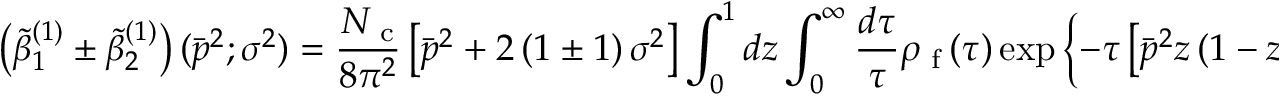
\left( { \tilde { \beta } } _ { 1 } ^ { ( 1 ) } \pm { \tilde { \beta } } _ { 2 } ^ { ( 1 ) } \right) ( { \bar { p } } ^ { 2 } ; { \sigma } ^ { 2 } ) = \frac { N _ { \mathrm { \footnotesize ~ c } } } { 8 \pi ^ { 2 } } \left[ { \bar { p } } ^ { 2 } + 2 \left( 1 \pm 1 \right) { \sigma } ^ { 2 } \right] \int _ { 0 } ^ { 1 } d z \int _ { 0 } ^ { \infty } \frac { d { \tau } } { { \tau } } \rho _ { \mathrm { \scriptsize ~ f } } \left( { \tau } \right) \exp { \Big \{ } - { \tau } \left[ { \bar { p } } ^ { 2 } z \left( 1 - z \right) + { \sigma } ^ { 2 } \right] { \Big \} } \ ,